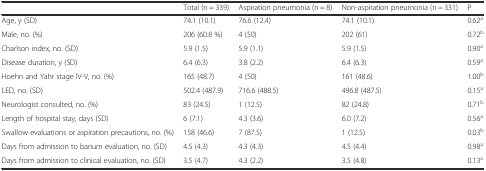
<table><thead><tr><td></td><td><b>Total (n = 339)</b></td><td><b>Aspiration pneumonia (n = 8)</b></td><td><b>Non-aspiration pneumonia (n = 331)</b></td><td><b>P</b></td></tr></thead><tbody><tr><td>Age, y (SD)</td><td>74.1 (10.1)</td><td>76.6 (12.4)</td><td>74.1 (10.1)</td><td>0.62<sup>a</sup></td></tr><tr><td>Male, no. (%)</td><td>206 (60.8 %)</td><td>4 (50)</td><td>202 (61)</td><td>0.72<sup>b</sup></td></tr><tr><td>Charlson index, no. (SD)</td><td>5.9 (1.5)</td><td>5.9 (1.1)</td><td>5.9 (1.5)</td><td>0.90<sup>a</sup></td></tr><tr><td>Disease duration, y (SD)</td><td>6.4 (6.3)</td><td>3.8 (2.2)</td><td>6.4 (6.3)</td><td>0.59<sup>a</sup></td></tr><tr><td>Hoehn and Yahr stage IV-V, no. (%)</td><td>165 (48.7)</td><td>4 (50)</td><td>161 (48.6)</td><td>1.00<sup>b</sup></td></tr><tr><td>LED, no. (SD)</td><td>502.4 (487.9)</td><td>716.6 (488.5)</td><td>496.8 (487.5)</td><td>0.15<sup>a</sup></td></tr><tr><td>Neurologist consulted, no. (%)</td><td>83 (24.5)</td><td>1 (12.5)</td><td>82 (24.8)</td><td>0.71<sup>b</sup></td></tr><tr><td>Length of hospital stay, days (SD)</td><td>6 (7.1)</td><td>4.3 (3.6)</td><td>6.0 (7.2)</td><td>0.56<sup>a</sup></td></tr><tr><td>Swallow evaluations or aspiration precautions, no. (%)</td><td>158 (46.6)</td><td>7 (87.5)</td><td>1 (12.5)</td><td>0.03<sup>b</sup></td></tr><tr><td>Days from admission to barium evaluation, no. (SD)</td><td>4.5 (4.3)</td><td>4.3 (4.3)</td><td>4.5 (4.4)</td><td>0.98<sup>a</sup></td></tr><tr><td>Days from admission to clinical evaluation, no. (SD)</td><td>3.5 (4.7)</td><td>4.3 (2.2)</td><td>3.5 (4.8)</td><td>0.13<sup>a</sup></td></tr></tbody></table>